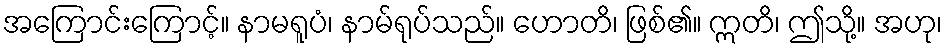
အကြောင်းကြောင့်။ နာမရူပံ၊ နာမ်ရုပ်သည်။ ဟောတိ၊ ဖြစ်၏။ ဣတိ၊ ဤသို့။ အဟု၊